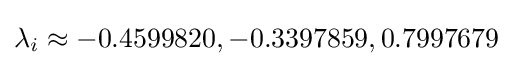
\lambda _{i}\approx -0.4599820,-0.3397859,0.7997679